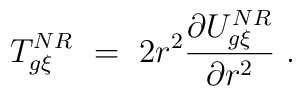
T_{g\xi}^{NR}\ =\ 2r^2\frac{\partial U_{g\xi}^{NR}}{\partial r^2}\ .